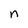
Character: n